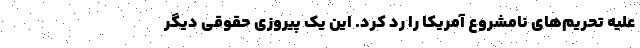
علیه تحریم‌های نامشروع آمریکا را رد کرد. این یک پیروزی حقوقی دیگر